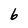
Character: 6